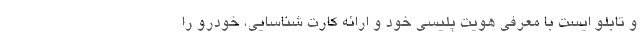
و تابلو ایست با معرفی هویت پلیسی خود و ارائه کارت شناسایی، خودرو را